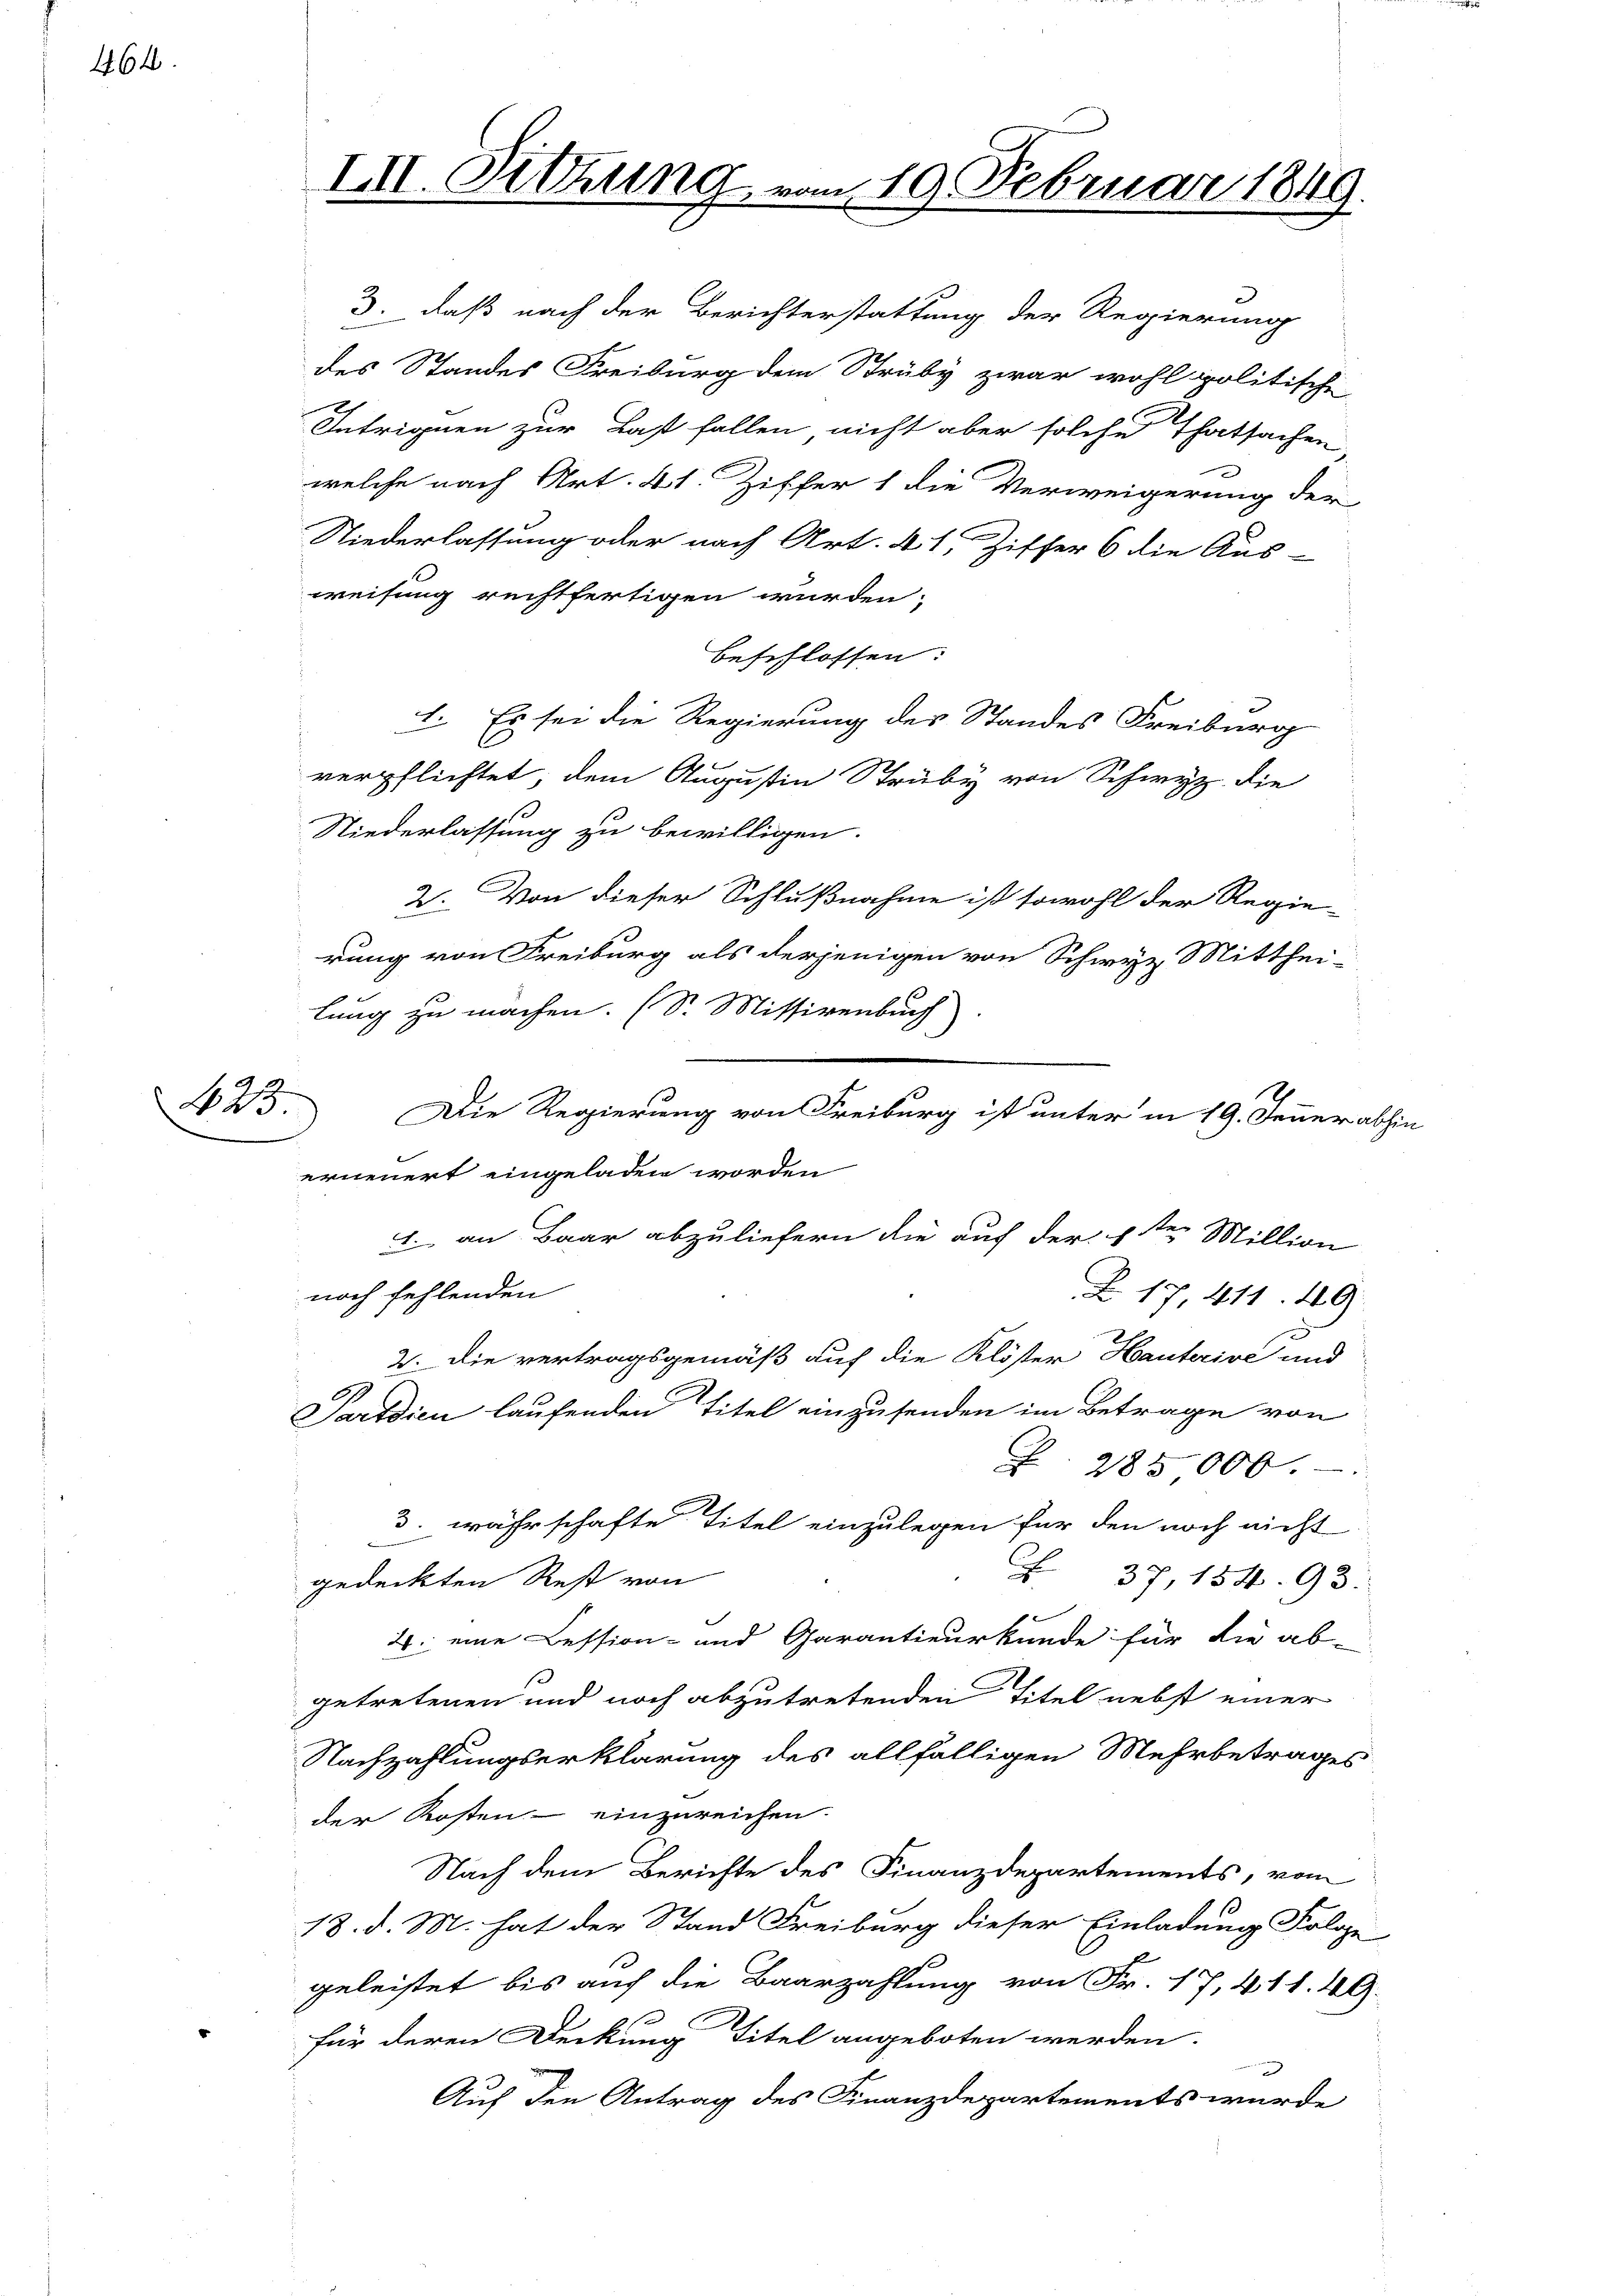
464.

423

III. Sitzung

3. daß nach der Berichterstattung der Regierung
des Standes Freiburg dem Struby zwar wohl politische
Intriguen zur Last fallen nicht aber solche Thatsachen
welche nach Art. 41. Ziffer 1 die Verweigerung der
Niederlassung oder nach Art. 41, Ziffer 6 die Aus-
weisung rechtfertigen wurden.
beschlossen:
1. Es sei die Regierung des Standes Freiburg
verpflichtet, dem Augustin Straby von Schwyz die
Niederlassung zu bewilligen.
2. Von dieser Schlußnahme ist sowohl der Regie-
rung von Freiburg als derjenigen von Schwyz Mitthei-
lung zu machen. (S. Missivenbuch
erneuert eingeladen worden
. an Baar abzuliefern die auf der Stern Million
noch fehlenden
Z. 17, 411. 49
2. Die vertragsgemäß auf die Klöster Hauterive und
Partdien laufenden Titel einzusenden im Betrage von
 285000.
3. währschafte Titel einzulegen für den noch nicht
 37, 154. 93.
gedeckten Rest von
4. eine Bession- und Garantieurkunde für die ab-
getretenen und noch abzutretenden Titel nebst einer
Nachzahlungserklärung des allfälligen Mehrbetrages
der Kosten einzureichen.
Nach dem Berichte des Finanzdepartements, vom
18. d. M. hat der Stand Freiburg dieser Einladung Folge
geleistet bis auf die Baarzahlung von Fr. 17, 411. 49.
für deren Deckung Titel angeboten werden.
n
Auf den Antrag des Finanzdepartements wurde

am 19. Februar 1849.

Die Regierung von Freiburg ist unter in 19. Fenner abhin